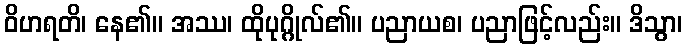
ဝိဟရတိ၊ နေ၏။ အဿ၊ ထိုပုဂ္ဂိုလ်၏။ ပညာယစ၊ ပညာဖြင့်လည်း။ ဒိသွာ၊